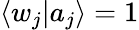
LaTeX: \langle w_{j}|a_{j}\rangle=1